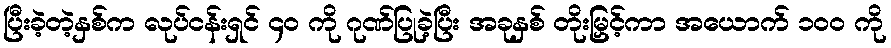
ပြီးခဲ့တဲ့နှစ်က လုပ်ငန်းရှင် ၄၀ ကို ဂုဏ်ပြုခဲ့ပြီး အခုနှစ် တိုးမြှင့်ကာ အယောက် ၁၀၀ ကို